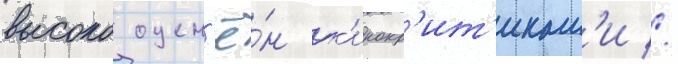
высоко оцен'ё́н к'инокр'ит'икам'и //